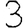
Digit: 3